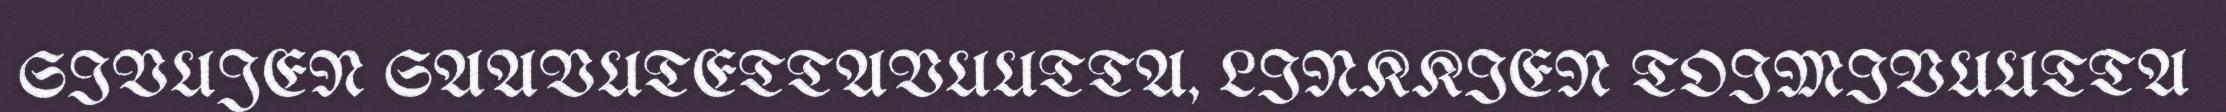
SIVUJEN SAAVUTETTAVUUTTA, LINKKIEN TOIMIVUUTTA